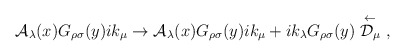
\begin{align*}{\cal A}_\lambda(x) G_{\rho\sigma}(y)ik_\mu\rightarrow{\cal A}_\lambda(x) G_{\rho\sigma}(y)ik_\mu+ik_{\lambda}G_{\rho\sigma}(y)\stackrel{\leftarrow}{{\cal D}_\mu}\ ,\end{align*}